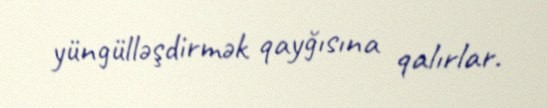
yüngülləşdirmək qayğısına qalırlar.